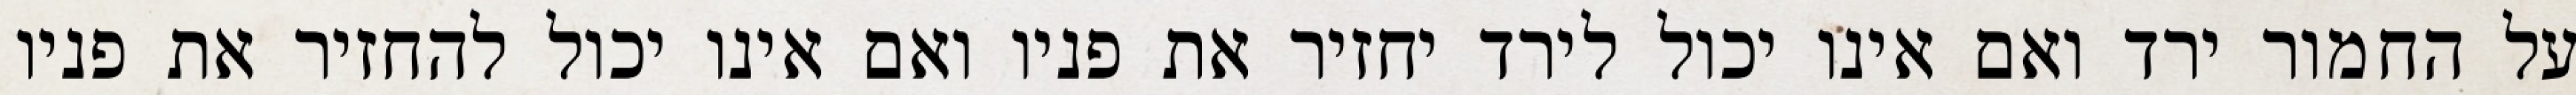
על החמור ירד ואם אינו יכול לירד יחזיר את פניו ואם אינו יכול להחזיר את פניו